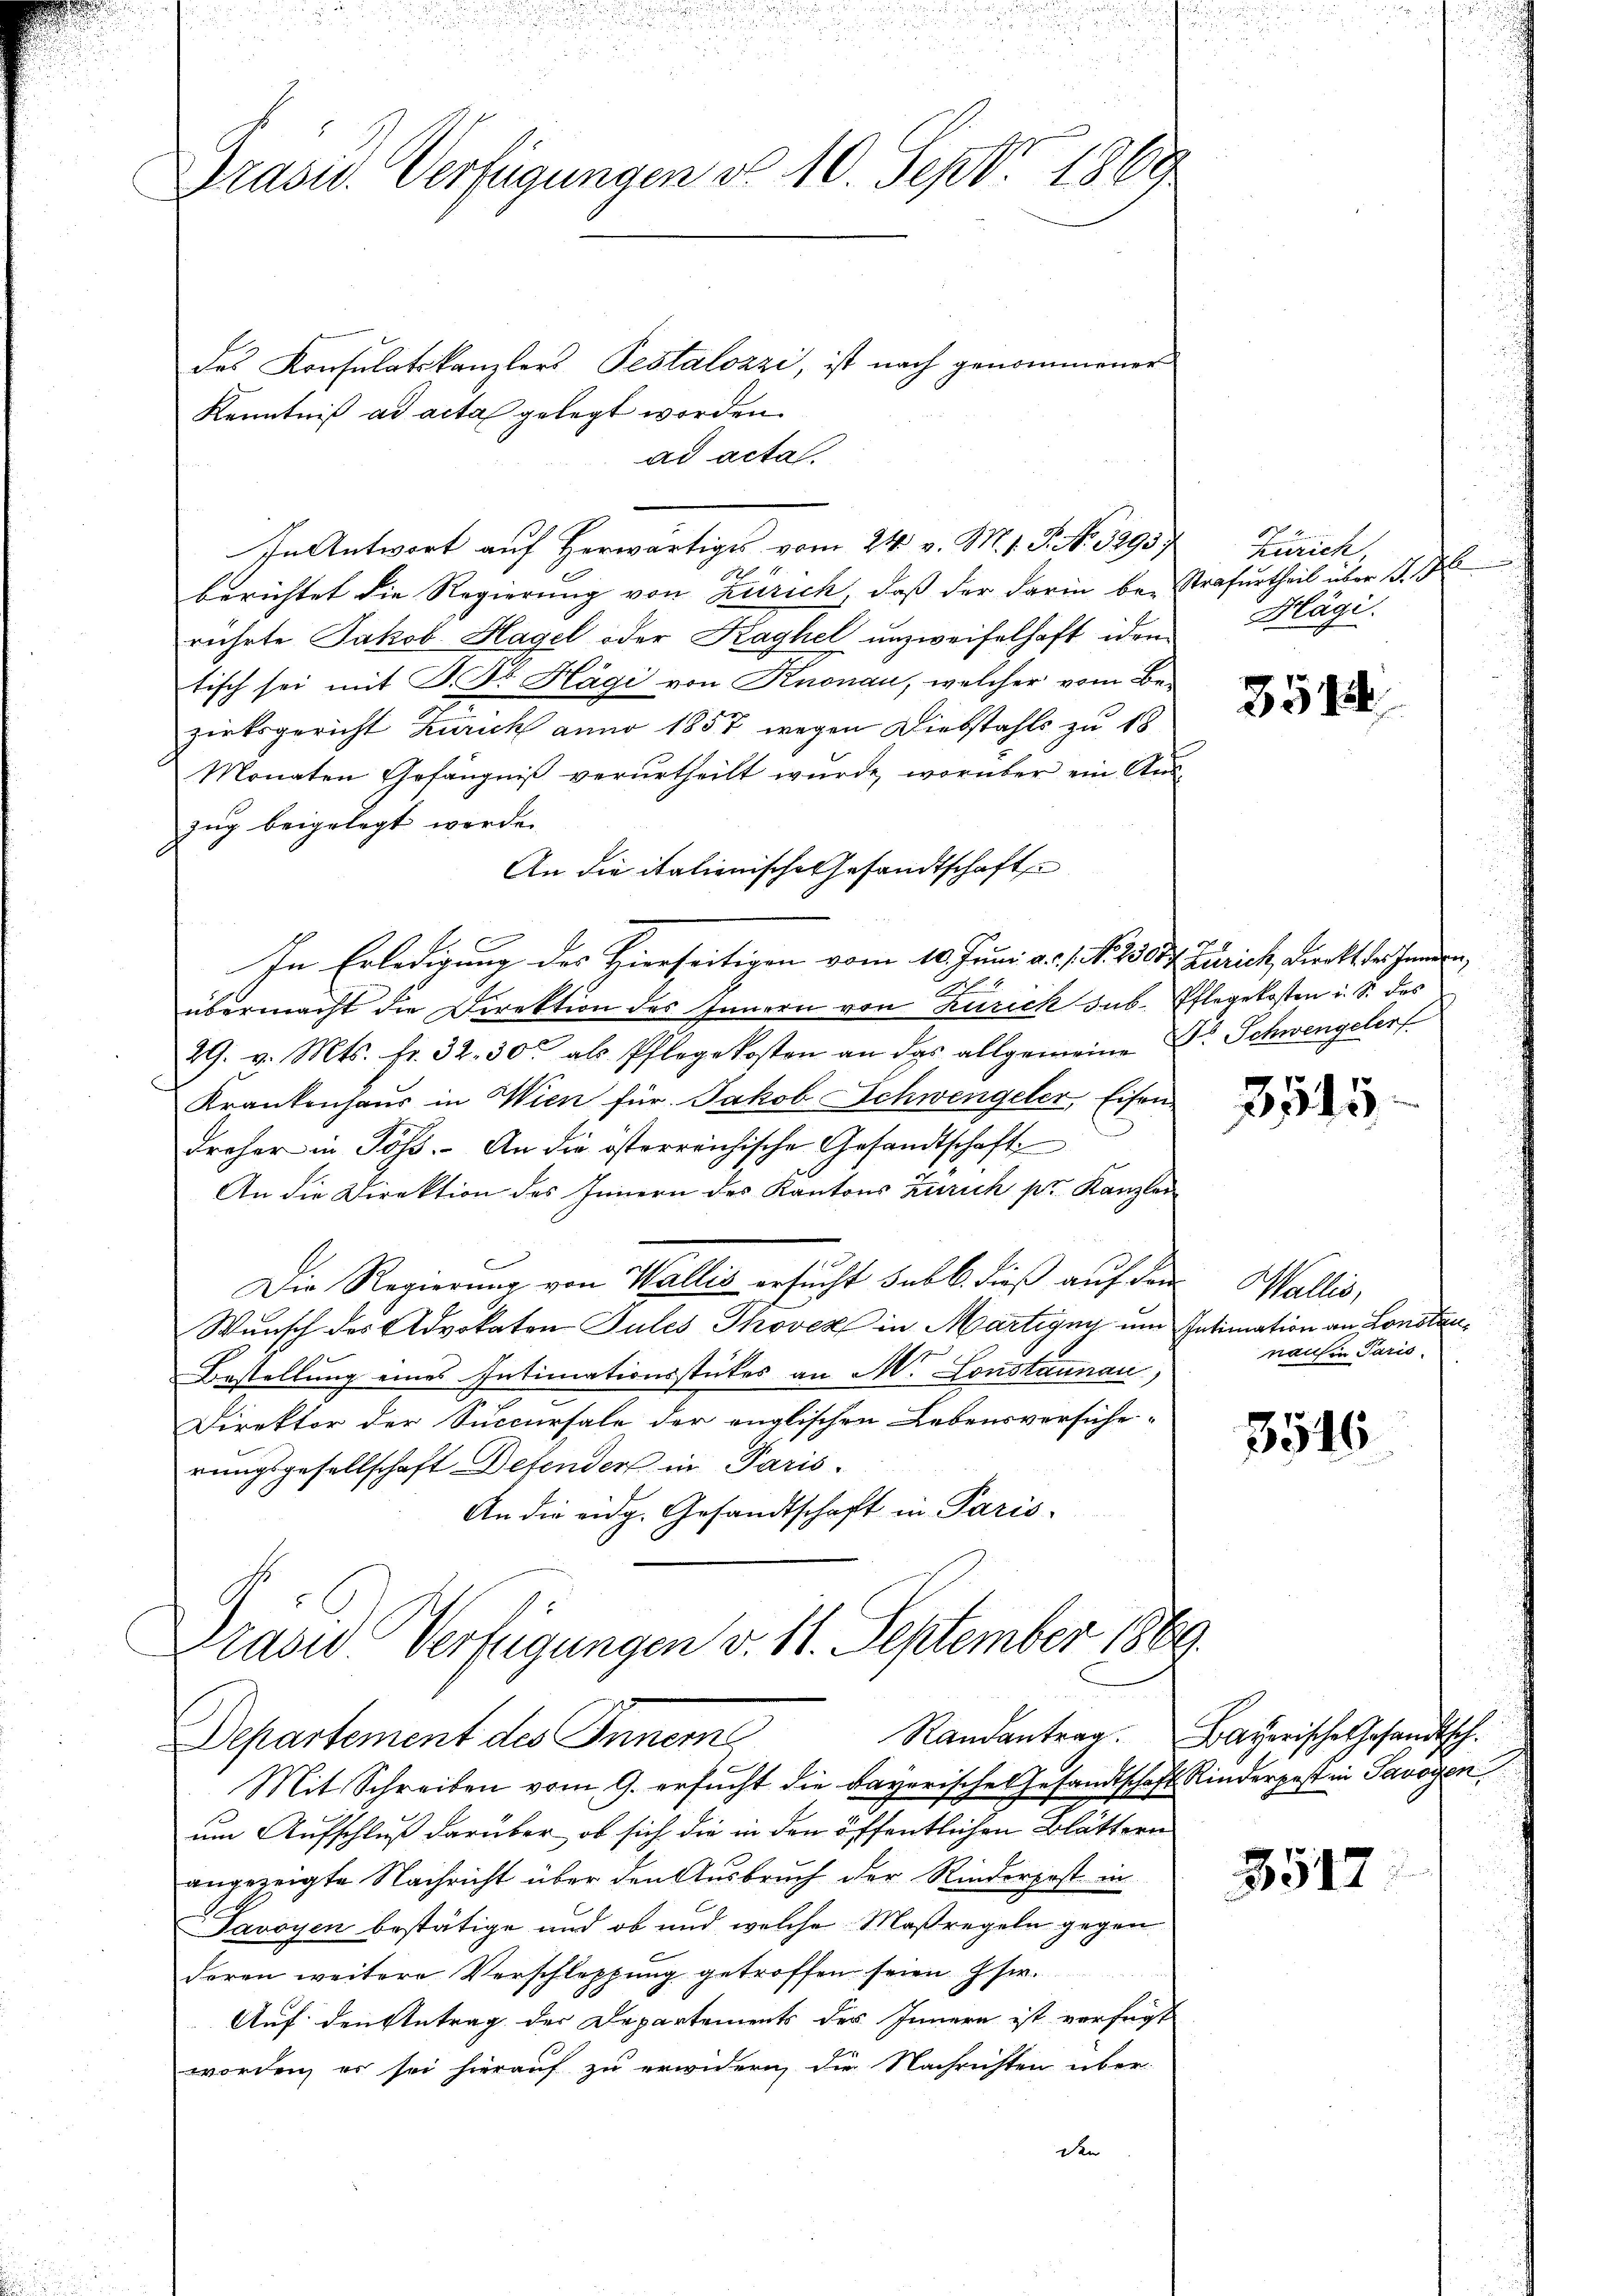
Prasis. Verfügungen do. 10. Sept. 1869

des Konsulatskanzlers Pestalozzi, ist nach genommener
Kenntniß ad acta gelegt worden.
ad acta.
In Antwort auf Herwärtiges vom 24. v. M. 1. P. No. 3295
.
berichtet die Regierung von Zürich, daß der darin be- Strafurtheil über J.
rührte Jakob Hagel oder Kaghel unzweifelhaft iden
tisch sei mit J. Dr. Hägi von Knonau, welcher vom Bezirksgericht Zürich anno 1857 wegen Diebstahls zu 18
Monaten Gefängniß verurtheilt wurde, worüber ein Auszug beigelegt werde.
An die italienische Gesandtschaft
In Erledigung des Hierseitigen vom 10. Juni a. f. N. 250 f. Zürich, Direkt ders handen,
übermacht die Direktion des Innern von Zürich sub. Pflegekosten i. S. des
29. v. Mts. fr. 32. 30. als Pflegekosten an das allgemeine Dr. Schwengelerf
Krankenhaus in Wien für Jakob Schwengeler, Eisen.
dreher in Pöss. An die österreichische Gesandtschaft
An die Direktion des Innern des Kantons Zürich pr. Kanzlei
Die Regierung von Wallis ersucht sub b. dieß auf den
Wunsch des Advokaten Jules Thoven in Martigny um Intimation an Lonstan¬
Bestellung eines Intimationsstückes an M. Lonstaunau
Direktor der Succursale der englischen Lebensversiche-
rungsgesellschaft Detenders in Paris.
An die eidg. Gesandtschaft in Paris-
Prave Verfügungen v. 11. September 1869.
Randantrag. Bayerische Gesandtsch.
Departement des Inneme
Mit Schreiben vom 9. ersucht die Bayerische Gesandtschaft Kinderpest in Savoyen
um Aufschluß darüber, ob sich die in den öffentlichen Blättern
angezeigte Nachricht über den Ausbruch der Rinderpost in
Pavoyen bestätige und ob und welche Maßregeln gegen
deren weitere Verschleppung getroffen seien Isw.
Auf den Antrag der Departements des Innern ist verfügt
worden, er sei hierauf zu erwidern, die Nachrichten überden

Zürich,
l
Hägi.

3512

355

Wallis,
nach in Paris.

3516

3517